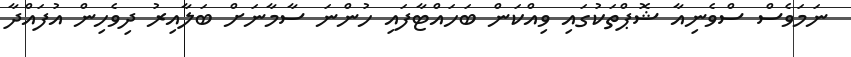
ނަމަވެސް ސްވެނިއާ ޝޮޕްތަކުގައި ވިއްކަން ބަހައްޓާފައި ހުންނަ ސާމާނަށް ބަލާއިރު ދިވެހިން އުފައްދާ